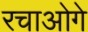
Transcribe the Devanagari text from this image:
रचाओगे